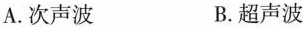
A.次声波 B.超声波